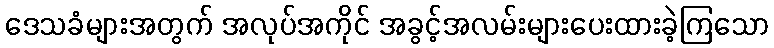
ဒေသခံများအတွက် အလုပ်အကိုင် အခွင့်အလမ်းများပေးထားခဲ့ကြသော